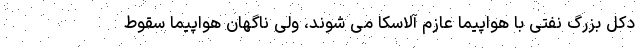
دکل بزرگ نفتی با هواپیما عازم آلاسکا می شوند، ولی ناگهان هواپیما سقوط